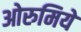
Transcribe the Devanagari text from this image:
ओरुमिये